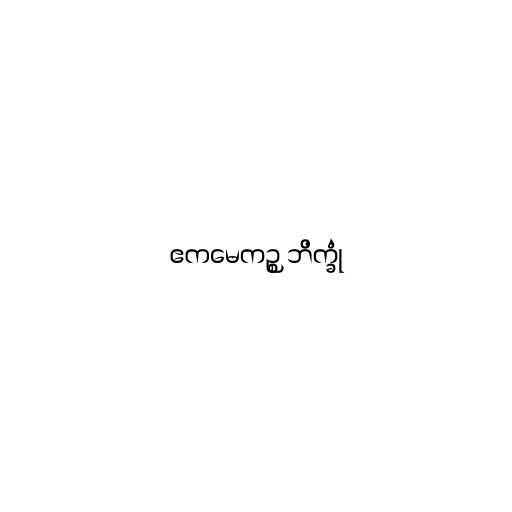
ဧကမေကဉ္စ ဘိက္ခုံ